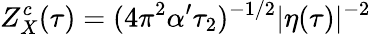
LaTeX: Z_{X}^{c}(\tau)=(4\pi^{2}\alpha^{\prime}\tau_{2})^{-1/2}|\eta(\tau)|^{-2}